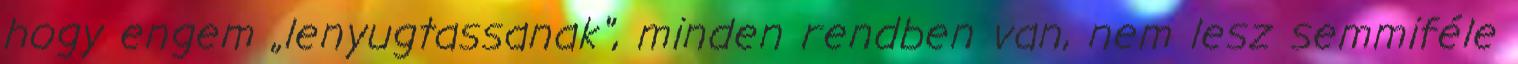
hogy engem „le­­nyugtassanak", minden rendben van, nem lesz semmiféle